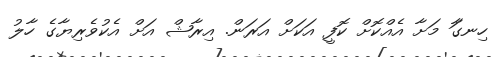
ހިނގަަަާަަ މަށާ އެއްކޮށް ކޮފީ އަކަށް އަރަން. އިރާޝް އަށް އެކުވެރިޔާގެ ހާލު